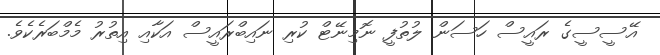
އޭސީސީގެ ރައީސް ހަސަން ލުތުފީ ނޮމިނޭޓް ކުރި ނައިބްރައީސް އަކާއި އިތުރު މެމްބަރެކެވެ.